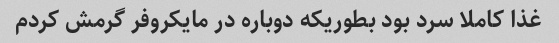
غذا کاملا سرد بود بطوریکه دوباره در مایکروفر گرمش کردم